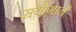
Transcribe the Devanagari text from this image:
संयोगानें